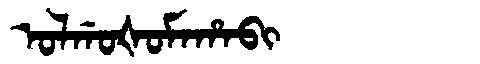
Manchu: ᠣᠯᡤᠣᡧᠣᠮᠠᡥᠠᠪᡳ
Romanization: OLGOŠOMAHABI